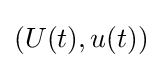
(U(t),u(t))